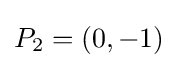
P_{2}=(0,-1)